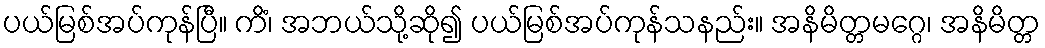
ပယ်မြစ်အပ်ကုန်ပြီ။ ကိံ၊ အဘယ်သို့ဆို၍ ပယ်မြစ်အပ်ကုန်သနည်း။ အနိမိတ္တမဂ္ဂေ၊ အနိမိတ္တ